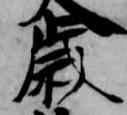
歳